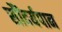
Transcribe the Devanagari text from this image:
सौंदर्यपान